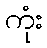
ကုံး